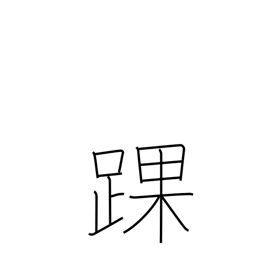
Meaning: ankle